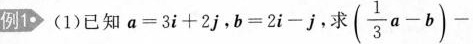
例1\cdot (1)已知$$a = 3 i + 2 j$$,$$b = 2 i - j$$，求$$( \frac { 1 } { 3 } a - b) -$$